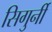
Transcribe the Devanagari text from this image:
सिगुर्नी